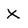
Character: x